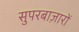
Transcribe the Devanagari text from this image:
सुपरबाज़ारों